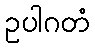
ဥပါဂတံ